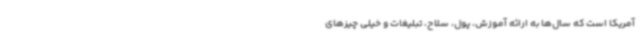
آمریکا است که سال‌ها به ارائه آموزش، پول، سلاح، تبلیغات و خیلی چیزهای